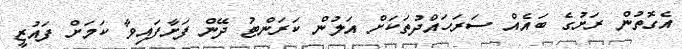
އެގޮތުން ރަށުގެ ބައެއް ސަރަހައްދުތަކަށް އަލުން ކަރަންޓު ދޭން ފަށާފައިވާ ކަމަށް ފައުޒީ